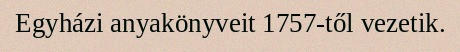
Egyházi anyakönyveit 1757-től vezetik.